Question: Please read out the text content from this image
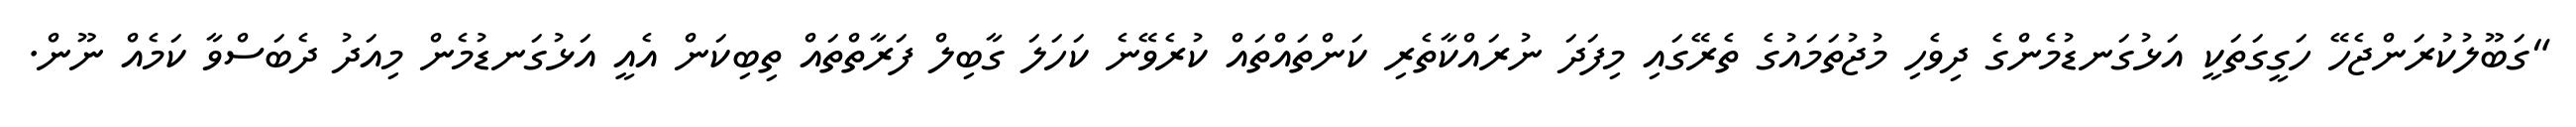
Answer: "ގަބޫލުކުރަންޖެހޭ ހަގީގަތަކީ އަޅުގަނޑުމެންގެ ދިވެހި މުޖުތަމައުގެ ތެރޭގައި މިފަދަ ނުރައްކާތެރި ކަންތައްތައް ކުރެވޭނެ ކަހަލަ ގާބިލް ފަރާތްތައް ތިބިކަން އެއީ އަޅުގަނޑުމެން މިއަދު ދެބަސްވާ ކަމެއް ނޫން.